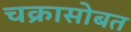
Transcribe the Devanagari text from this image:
चक्रासोबत